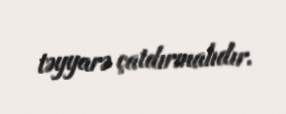
təyyarə çatdırmalıdır.